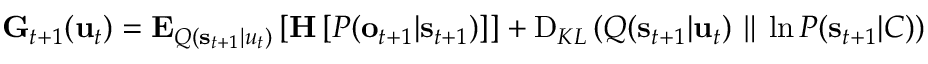
\begin{array} { r } { \mathbf { G } _ { t + 1 } ( \mathbf { u } _ { t } ) = \mathbf { E } _ { Q ( \mathbf { s } _ { t + 1 } | u _ { t } ) } \left[ \mathbf { H } \left[ P ( \mathbf { o } _ { t + 1 } | \mathbf { s } _ { t + 1 } ) \right] \right] + \operatorname { D } _ { K L } \left( Q ( \mathbf { s } _ { t + 1 } | \mathbf { u } _ { t } ) \parallel \ln P ( \mathbf { s } _ { t + 1 } | C ) \right) } \end{array}